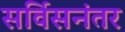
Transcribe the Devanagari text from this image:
सर्विसनंतर